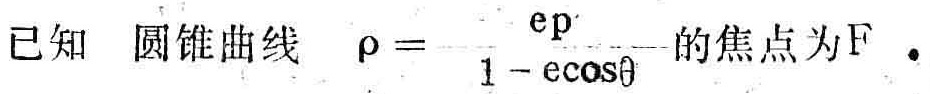
已知圆锥曲线\(\rho = \frac{ep}{1 - e\cos\theta}\)的焦点为\(F\)。